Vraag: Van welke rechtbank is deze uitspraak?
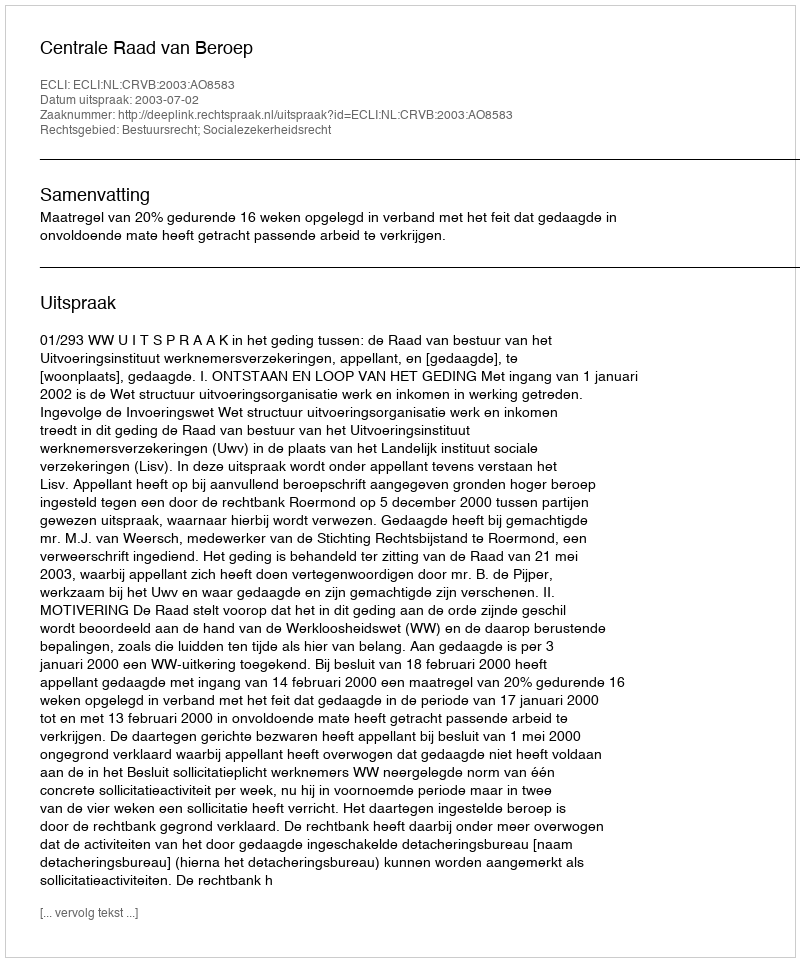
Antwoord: Centrale Raad van Beroep